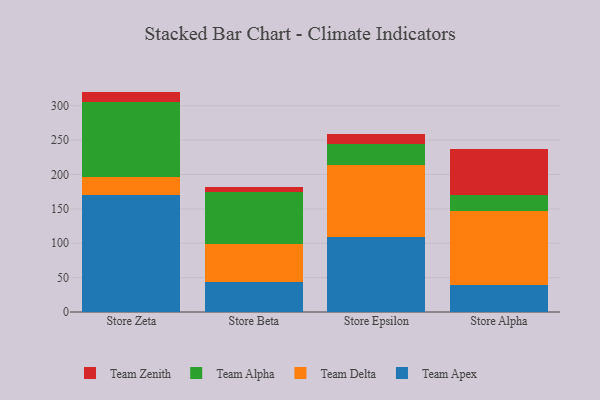
{"axis": {"x": "Store", "y": "Satisfaction Score"}, "legend": ["Team Alpha", "Team Apex", "Team Delta", "Team Zenith"], "data": [{"x": "Store Zeta", "y": 170.0, "type": "Team Apex"}, {"x": "Store Zeta", "y": 26.6, "type": "Team Delta"}, {"x": "Store Zeta", "y": 108.8, "type": "Team Alpha"}, {"x": "Store Zeta", "y": 15.1, "type": "Team Zenith"}, {"x": "Store Beta", "y": 44.0, "type": "Team Apex"}, {"x": "Store Beta", "y": 55.5, "type": "Team Delta"}, {"x": "Store Beta", "y": 74.6, "type": "Team Alpha"}, {"x": "Store Beta", "y": 7.7, "type": "Team Zenith"}, {"x": "Store Epsilon", "y": 109.0, "type": "Team Apex"}, {"x": "Store Epsilon", "y": 104.3, "type": "Team Delta"}, {"x": "Store Epsilon", "y": 30.5, "type": "Team Alpha"}, {"x": "Store Epsilon", "y": 15.3, "type": "Team Zenith"}, {"x": "Store Alpha", "y": 39.7, "type": "Team Apex"}, {"x": "Store Alpha", "y": 106.8, "type": "Team Delta"}, {"x": "Store Alpha", "y": 23.8, "type": "Team Alpha"}, {"x": "Store Alpha", "y": 66.1, "type": "Team Zenith"}]}